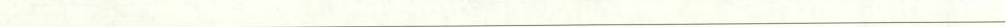
___